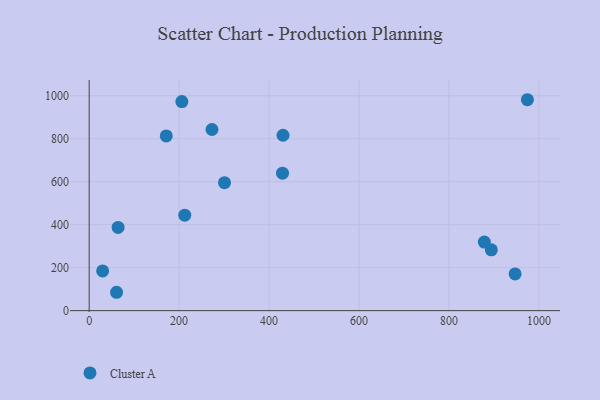
{"axis": {"x": "Experience", "y": "Sales"}, "legend": ["Cluster A"], "data": [{"x": "974.4", "y": 981.5, "type": "Cluster A"}, {"x": "300.9", "y": 595.3, "type": "Cluster A"}, {"x": "64.3", "y": 387.4, "type": "Cluster A"}, {"x": "212.5", "y": 444.4, "type": "Cluster A"}, {"x": "429.9", "y": 639.8, "type": "Cluster A"}, {"x": "431.0", "y": 816.1, "type": "Cluster A"}, {"x": "878.7", "y": 319.2, "type": "Cluster A"}, {"x": "171.4", "y": 812.9, "type": "Cluster A"}, {"x": "273.1", "y": 843.0, "type": "Cluster A"}, {"x": "947.1", "y": 170.7, "type": "Cluster A"}, {"x": "60.9", "y": 85.4, "type": "Cluster A"}, {"x": "29.9", "y": 184.7, "type": "Cluster A"}, {"x": "894.3", "y": 282.9, "type": "Cluster A"}, {"x": "206.1", "y": 973.1, "type": "Cluster A"}]}